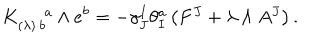
K _ { ( \lambda ) \cdot b } ^ { \; \; a } \wedge e ^ { b } = - \gamma _ { J } ^ { I } \theta _ { I } ^ { a } \left( F ^ { J } + \lambda \wedge A ^ { J } \right) .